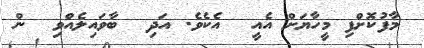
މާފުކޮށްފި މީހާޔަށް އެއީ  އެކެވެ. އަދި  ބާވައިލެއްވި  ން